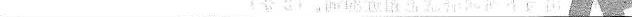
___